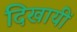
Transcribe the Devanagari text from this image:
दिखायीं